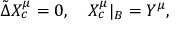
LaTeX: \tilde { \Delta } { X _ { c } ^ { \mu } } = 0 , \quad { X _ { c } ^ { \mu } } { | _ { B } } = { Y ^ { \mu } } ,